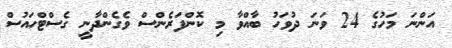
އަންނަ މަހުގެ 24 ވަނަ ދުވަހު ބާއްވާ މި ކޮންފަރެންސް ވެގެންދާނީ ގެސްޓްހައުސް